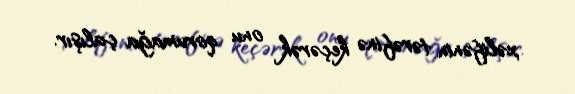
xəlifənin tərəfinə keçərək onu qorumağa çalışır.